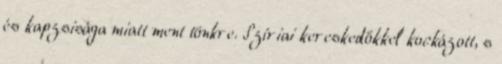
és kapzsisága miatt ment tönkre. Szíriai kereskedőkkel kockázott, s